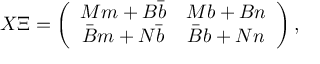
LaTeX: X \Xi = \left( \begin{array} { c c } { { M m + B \bar { b } } } & { { M b + B n } } \\ { { \bar { B } m + N \bar { b } } } & { { \bar { B } b + N n } } \end{array} \right) ,